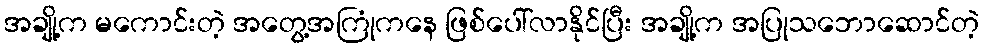
အချို့က မကောင်းတဲ့ အတွေ့အကြုံကနေ ဖြစ်ပေါ်လာနိုင်ပြီး အချို့က အပြုသဘောဆောင်တဲ့